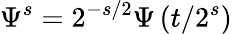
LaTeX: \Psi^{s}=2^{-s/2}\Psi\left(t/2^{s}\right)